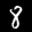
Label: 8